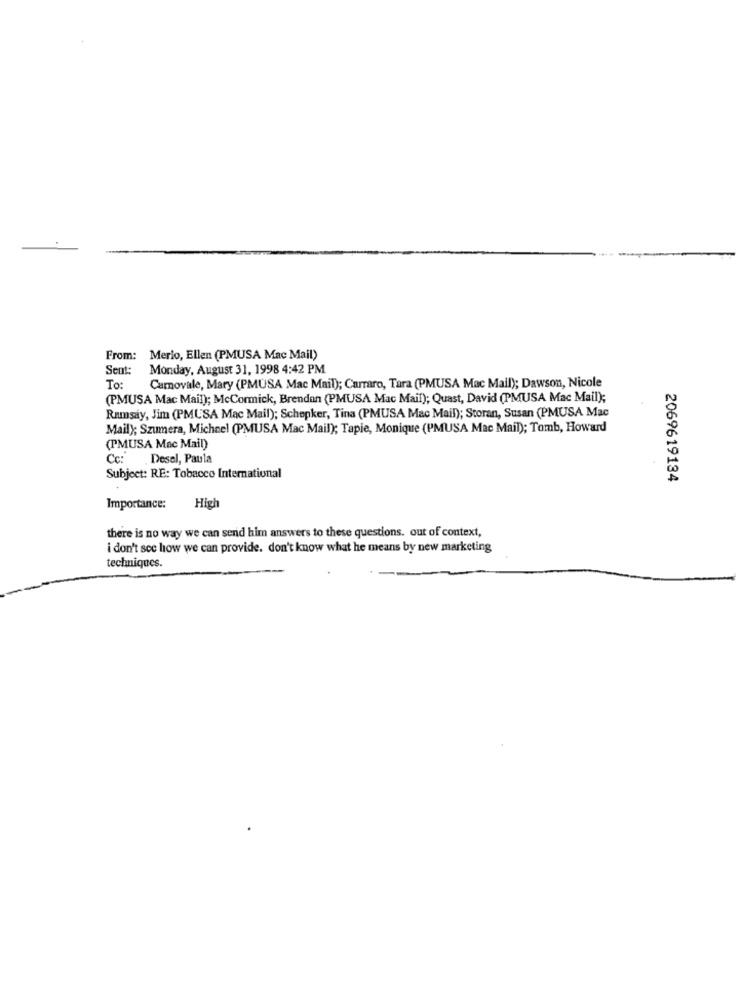
From: Merio, Ellen (PMUSA Mac Mail)
Sent:
Monday, August 31, 1998 4:42 PM
To:
Camovale, Mary (PMUSA Mac Mail); Carraro, Tara (PMUSA Mac Mail); Dawson, Nicole
(PMUSA Mac Mail); McCormick, Brendan (PMUSA Mac Mail); Quast, David (PMUSA Mac Mail);
Rumsay, Jim (PMUSA Mac Mail); Schopker, Tina (PMUSA Mac Mail); Storan, Susan (PMUSA Mac
Mail); Szumera, Michael (PMUSA Mac Mail); Tapie, Monique (PMUSA Mac Mail); Tomb, Howard
(PMUSA Mac Mail)
Cc:"
. Desel, Paula
Subject: RE: Tobacco International
2069619134
Importance:
High
there is no way we can send him answers to these questions. out of context,
i don't see how we can provide. don't know what he means by new marketing
techniques.